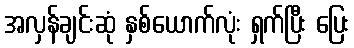
အလှန်ချင်းဆုံ နှစ်ယောက်လုံး ရှက်ပြီး ပြေး